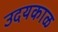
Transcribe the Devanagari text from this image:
उदयकाळ